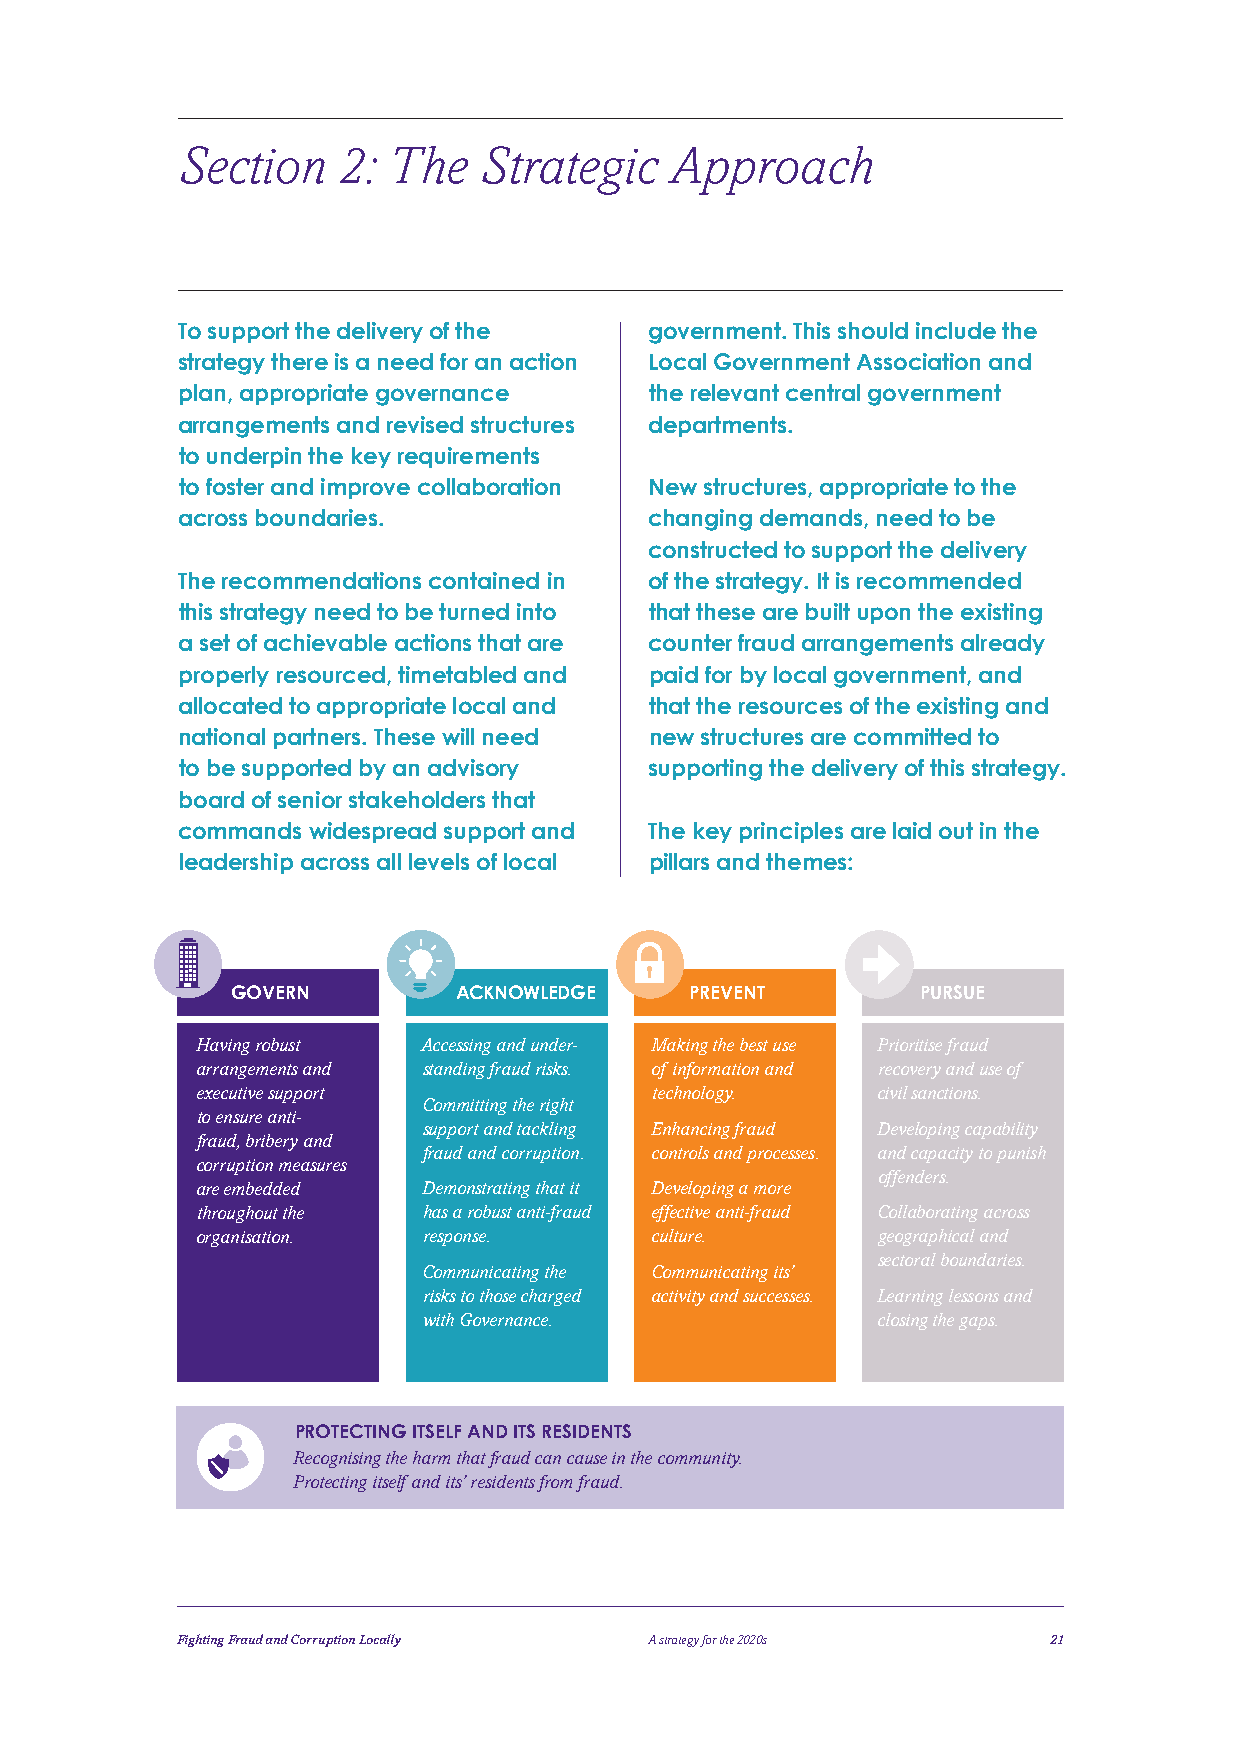
Section   2:  The   Strategic   Approach
 To support the delivery of the government. This should include the
 strategy there is a need for an action Local Government Association and
 plan, appropriate governance   the relevant central government
 arrangements and revised structures departments.
 to underpin the key requirements
 to foster and improve collaboration New structures, appropriate to the
 across boundaries.             changing demands, need to be
 constructed to support the delivery
 The recommendations contained in of the strategy. It is recommended
 this strategy need to be turned into that these are built upon the existing
 a set of achievable actions that are counter fraud arrangements already
 properly resourced, timetabled and paid for by local government, and
 allocated to appropriate local and that the resources of the existing and
 national partners. These will need new structures are committed to
 to be supported by an advisory supporting the delivery of this strategy.
 board of senior stakeholders that
 commands widespread support and The key principles are laid out in the
 leadership across all levels of local pillars and themes:
 GOVERN         ACKNOWLEDGE     PREVENT        PURSUE
 Having robust  Accessing and under- Making the best use Prioritise fraud
 arrangements and standing fraud risks. of information and recovery and use of
 executive support             technology.    civil sanctions.
 Committing the right
 to ensure anti-
 support and tackling Enhancing fraud Developing capability
 fraud, bribery and
 fraud and corruption. controls and processes. and capacity to punish
 corruption measures
 offenders.
 are embedded   Demonstrating that it Developing a more
 throughout the has a robust anti-fraud effective anti-fraud Collaborating across
 organisation.  response.      culture.       geographical and
 sectoral boundaries.
 Communicating the Communicating its’
 risks to those charged activity and successes. Learning lessons and
 with Governance.              closing the gaps.
 PROTECTING ITSELF AND ITS RESIDENTS
 Recognising the harm that fraud can cause in the community.
 Protecting itself and its’ residents from fraud.
 Fighting Fraud and Corruption Locally A strategy for the 2020s 21